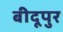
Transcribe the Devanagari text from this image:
बीदूपुर